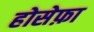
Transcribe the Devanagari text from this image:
होसेफ़ा